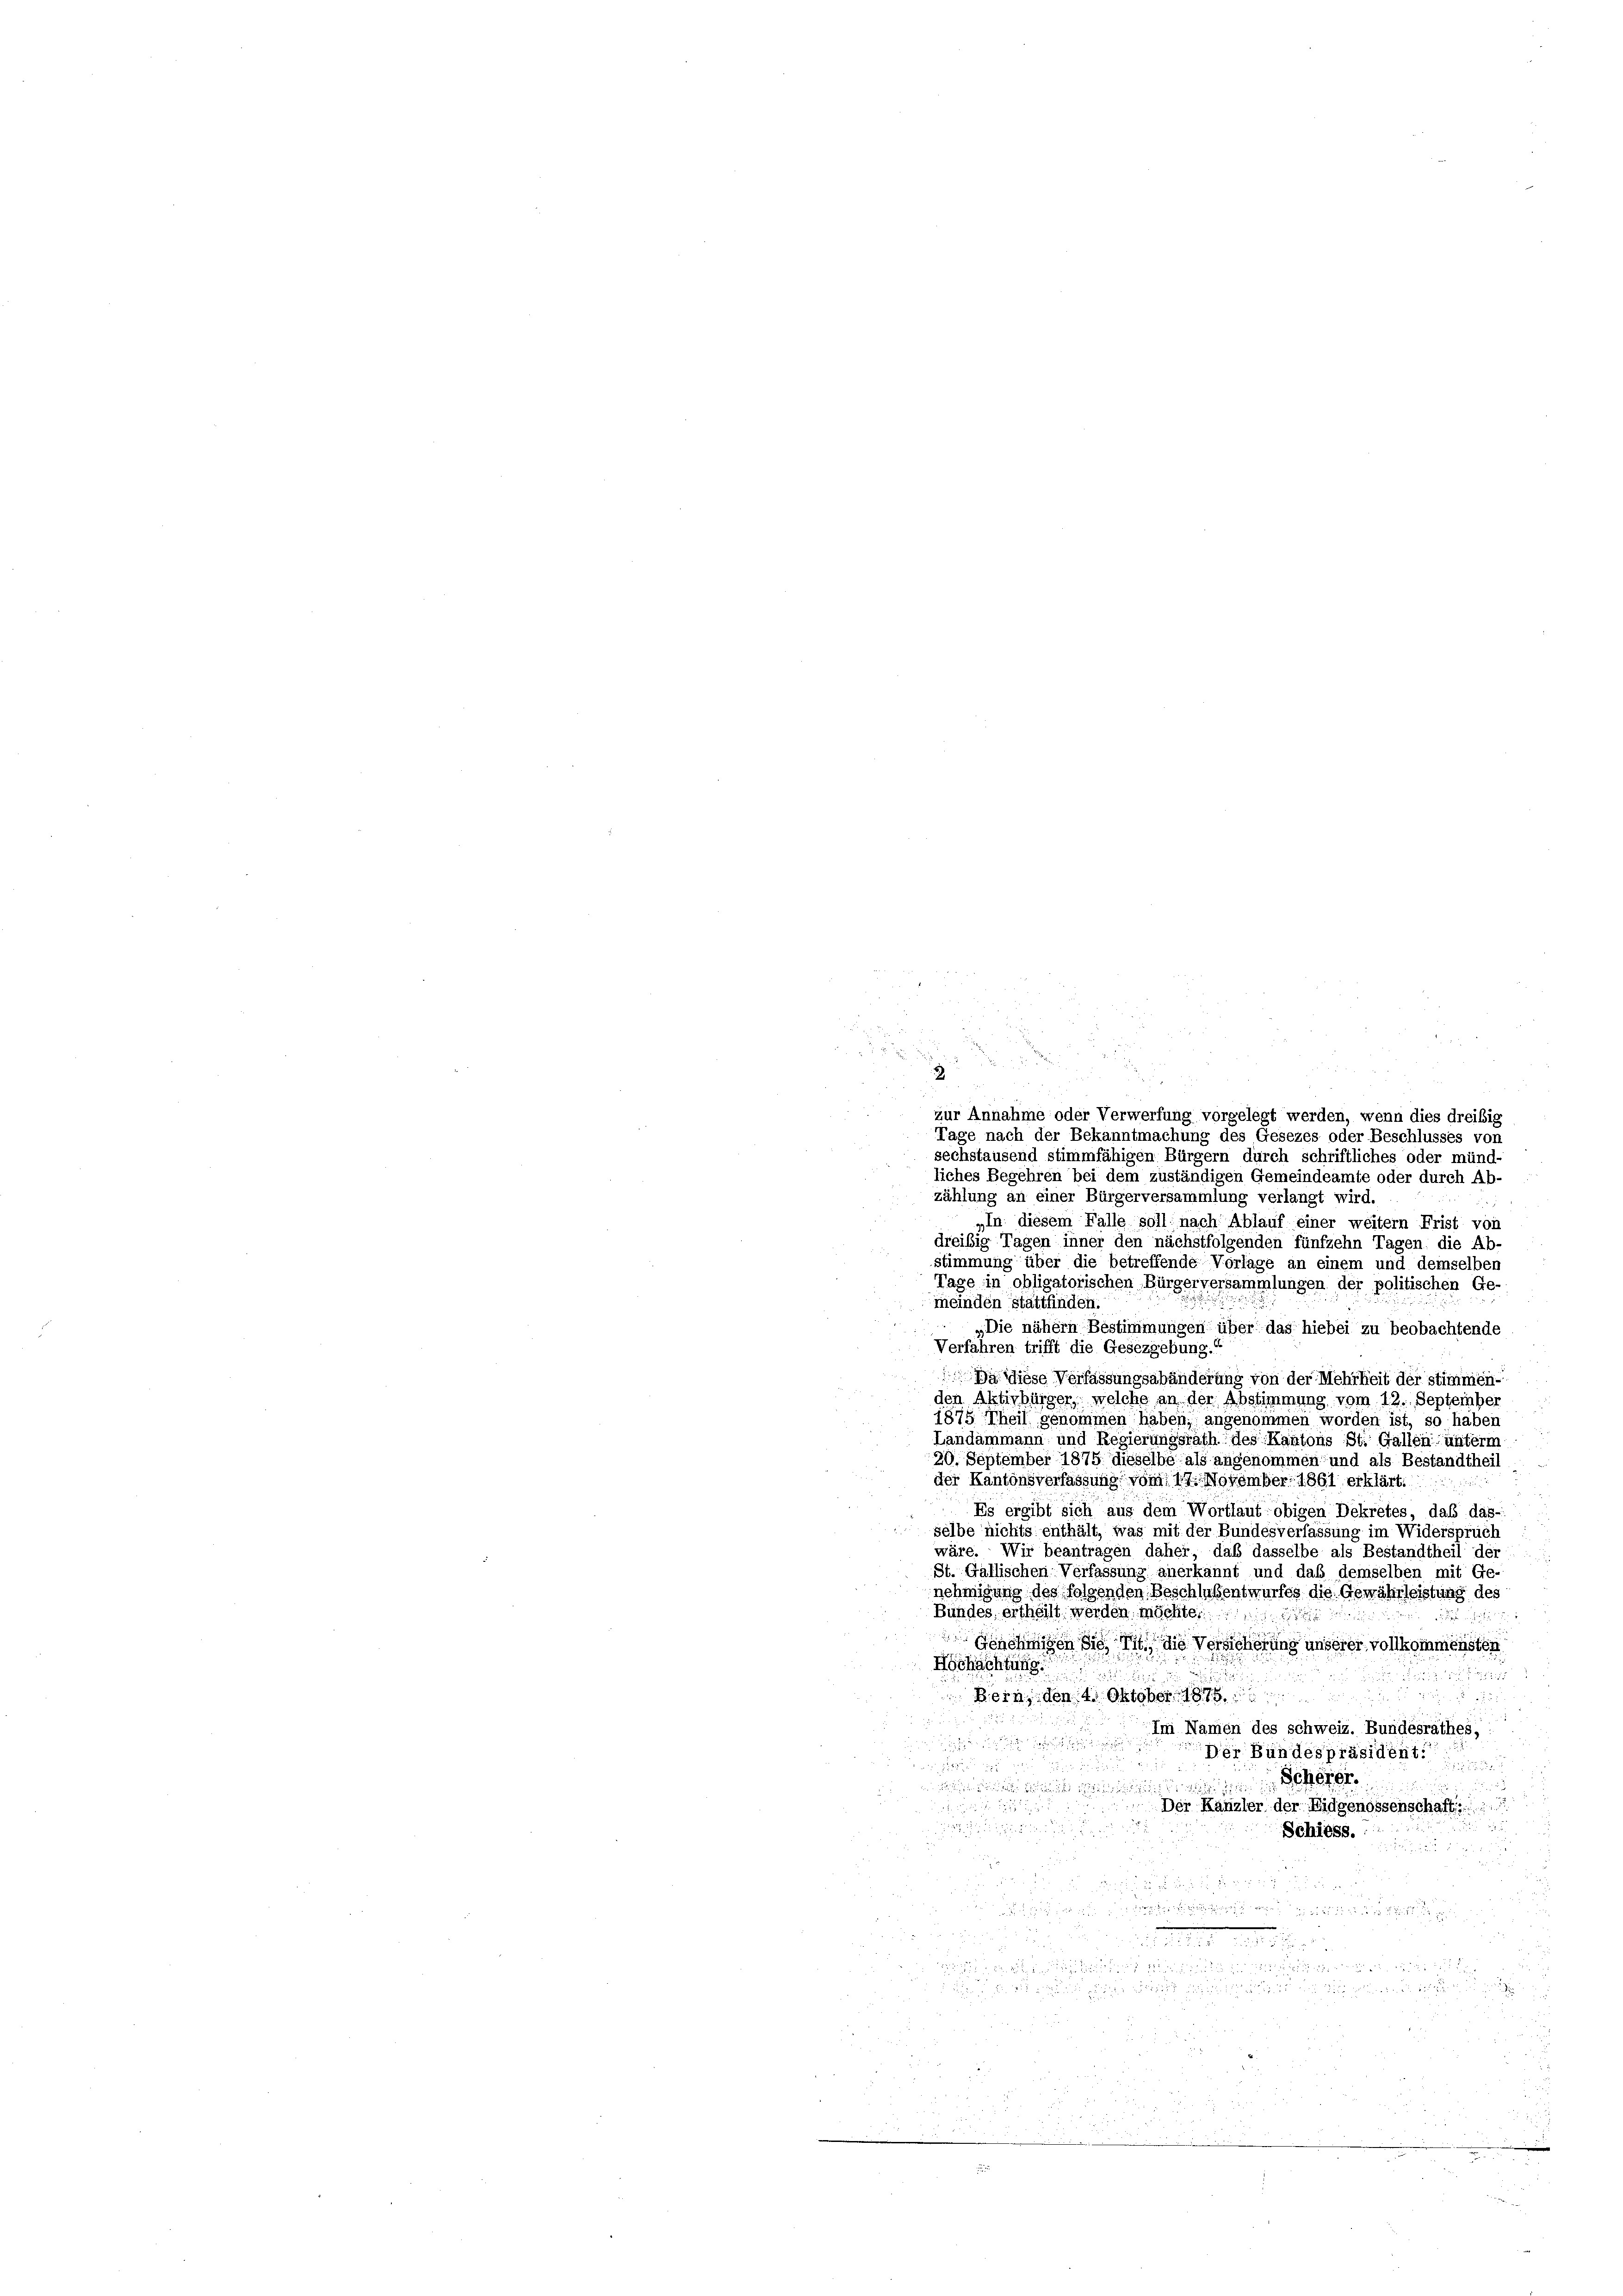
r

2
e
zur Annahme oder Verwerfung vorgelegt werden, wenn dies dreißig
Tage nach der Bekanntmachung des Gesezes oder Beschlusses von
sechstausend stimmfähigen Bürgern durch schriftliches oder münd-
liches Begehren bei dem zuständigen Gemeindeamte oder durch Ab-
zählung an einer Bürgerversammlung verlangt wird.
„In diesem Falle soll nach Ablauf einer weitern Frist von
dreisig Tagen inner den nächstfolgenden fünfzehn Tagen die Ab-
stimmung über die betreffende Vorlage an einem und demselben
Tage in obligatorischen Bürgerversammlungen der politischen Ge
meinden Stattfinden,
„Die nähern Bestimmungen über das hiebei zu beobachtende
Verfahren trifft die Gesezgebung.
Da diese Verfassungsabänderung von der Mehrheit der stimmen-
u
den Aktivbürger, welche an der Abstimmung vom 12. September
1875 Theil genommen haben; angenommen worden ist, so haben
Landammann und Regierungsrath des Kantons St. Gallen unterm
20. September 1875 dieselbe als angenommen und als Bestandtheil
der Kantonsverfassung vom 19. November 1861 erklärt.
Es ergibt sich aus dem Wortlaut obigen Dekretes, daß das-
selbe nichts enthält, was mit der Bundesverfassung im Widerspruch
wäre. Wir beantragen daher, daß dasselbe als Bestandtheil der
St. Gallischen Verfassung anerkannt und daß demselben mit Ge-
nehmigung des folgenden Beschlußentwurfes die Gewährleistung des
Bundes, ertheilt werden möchte,
8

hagen Sie mit die Versicherung unserer vollkommensten
Hochachtung
d
Bern, den 4. Oktober 1876
d
Im Namen des schweiz. Bundesrathes,

Der Bündespräsident.

d
Scherer.
i

e
Der Kanzler der Eidgenossenschaft:

Schiess.

d
u
i
d